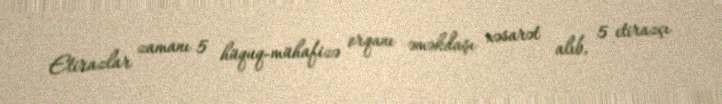
Etirazlar zamanı 5 hüquq-mühafizə orqanı əməkdaşı xəsarət alıb, 5 etirazçı